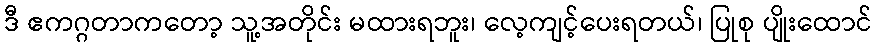
ဒီ ဧကဂ္ဂတာကတော့ သူ့အတိုင်း မထားရဘူး၊ လေ့ကျင့်ပေးရတယ်၊ ပြုစု ပျိုးထောင်